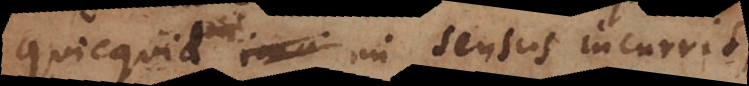
quicquid in sensus incurrit,